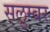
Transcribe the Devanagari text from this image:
सलुम्‍बर